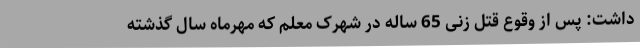
داشت: پس از وقوع قتل زنی 65 ساله در شهرک معلم که مهرماه سال گذشته